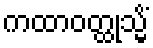
ကထာဝတ္ထုသ္မိံ